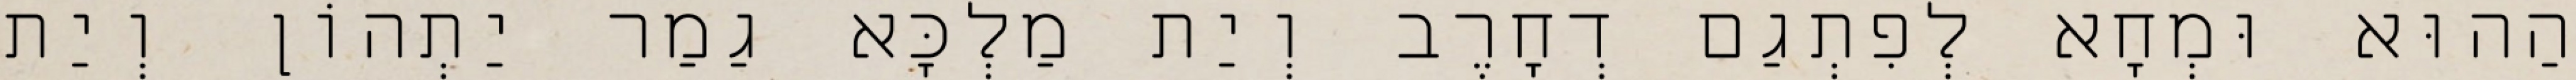
הַהוּא וּמְחָא לְפִתְגַם דְחָרֶב וְיַת מַלְכָּא גַמַר יַתְהוֹן וְיַת